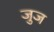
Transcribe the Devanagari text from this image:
जुज